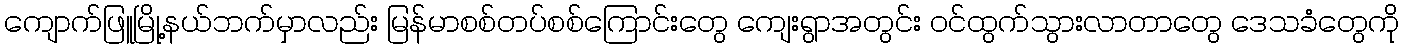
ကျောက်ဖြူမြို့နယ်ဘက်မှာလည်း မြန်မာစစ်တပ်စစ်ကြောင်းတွေ ကျေးရွာအတွင်း ဝင်ထွက်သွားလာတာတွေ ဒေသခံတွေကို